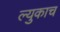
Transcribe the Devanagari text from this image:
ल्युकाच